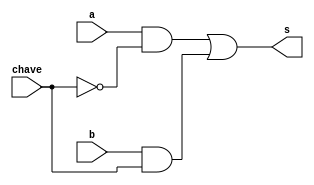
// Exemplo0033 - BASE
// Nome: Lucas Porto Lopes
// Matricula 451408

//gates

module multiplexador(output s, input a, input b, input chave);
	wire alpha, beta, tmp;
	
	not (tmp, chave);
	and (beta, b, chave);	
	and (alpha, a , tmp);
	
	or (s, alpha, beta);
	
endmodule

module f4(output s, output w, input a, input b, input chave);
	wire alpha, beta, gama, delta;
	
	or  (alpha, a, b);
	nor (beta , a, b);
	multiplexador m(s, alpha, beta, chave);
	and  (gama, a, b);
	nand (delta, a, b);
	multiplexador h(w, gama, delta, chave);	
	
endmodule

module teste_f4;
	reg[0:0] chave;
	reg[0:0] x;
	reg[0:0] y;
	wire[0:0] z;
	wire[0:0] w;
	
	f4 modulo (w, z, x, y, chave);
	
	initial begin
		$display("Exemplo0033 - Lucas Porto Lopes - 451408");
		$display("test LU's module");
		
		chave = 1'b0;
		x = 1'b0;
		y = 1'b0;
		
		#1
		$display("%3b %3b %3b", x, y, z);
		$display("%3b %3b %3b", x, y, w);
		
		
	end
	
endmodule